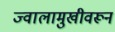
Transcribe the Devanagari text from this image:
ज्वालामुखीवरून